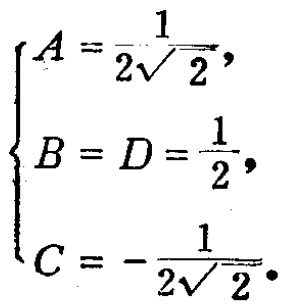
\[
\begin{cases}
A = \frac{1}{2\sqrt{2}}, \\
B = D = \frac{1}{2}, \\
C = -\frac{1}{2\sqrt{2}}.
\end{cases}
\]